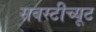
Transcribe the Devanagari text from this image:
सबस्टीच्यूट